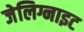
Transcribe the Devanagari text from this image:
जेलिग्नाइट